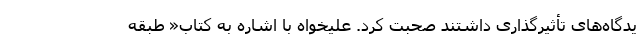
یدگاه‌های تأثیرگذاری داشتند صحبت کرد. علیخواه با اشاره به کتاب« طبقه